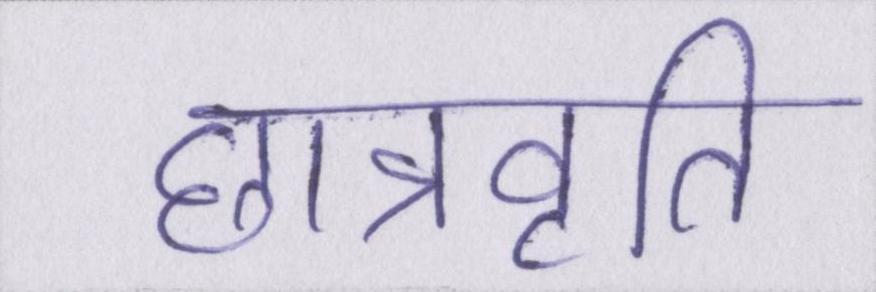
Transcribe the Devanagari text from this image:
छात्रवृति